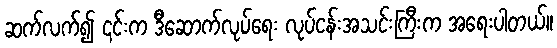
ဆက်လက်၍ ၎င်းက ဒီဆောက်လုပ်ရေး လုပ်ငန်းအသင်းကြီးက အရေးပါတယ်။